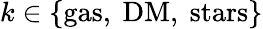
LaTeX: k\in\{ \mathrm{gas,~DM,~stars}\}